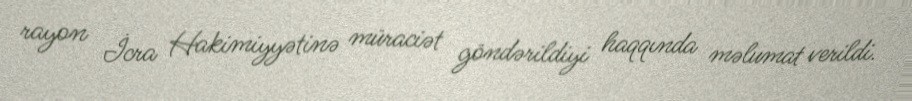
rayon İcra Hakimiyyətinə müraciət göndərildiyi haqqında məlumat verildi.